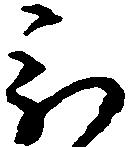
被